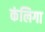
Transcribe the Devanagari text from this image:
कंलिगा